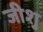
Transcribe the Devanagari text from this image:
जीशु